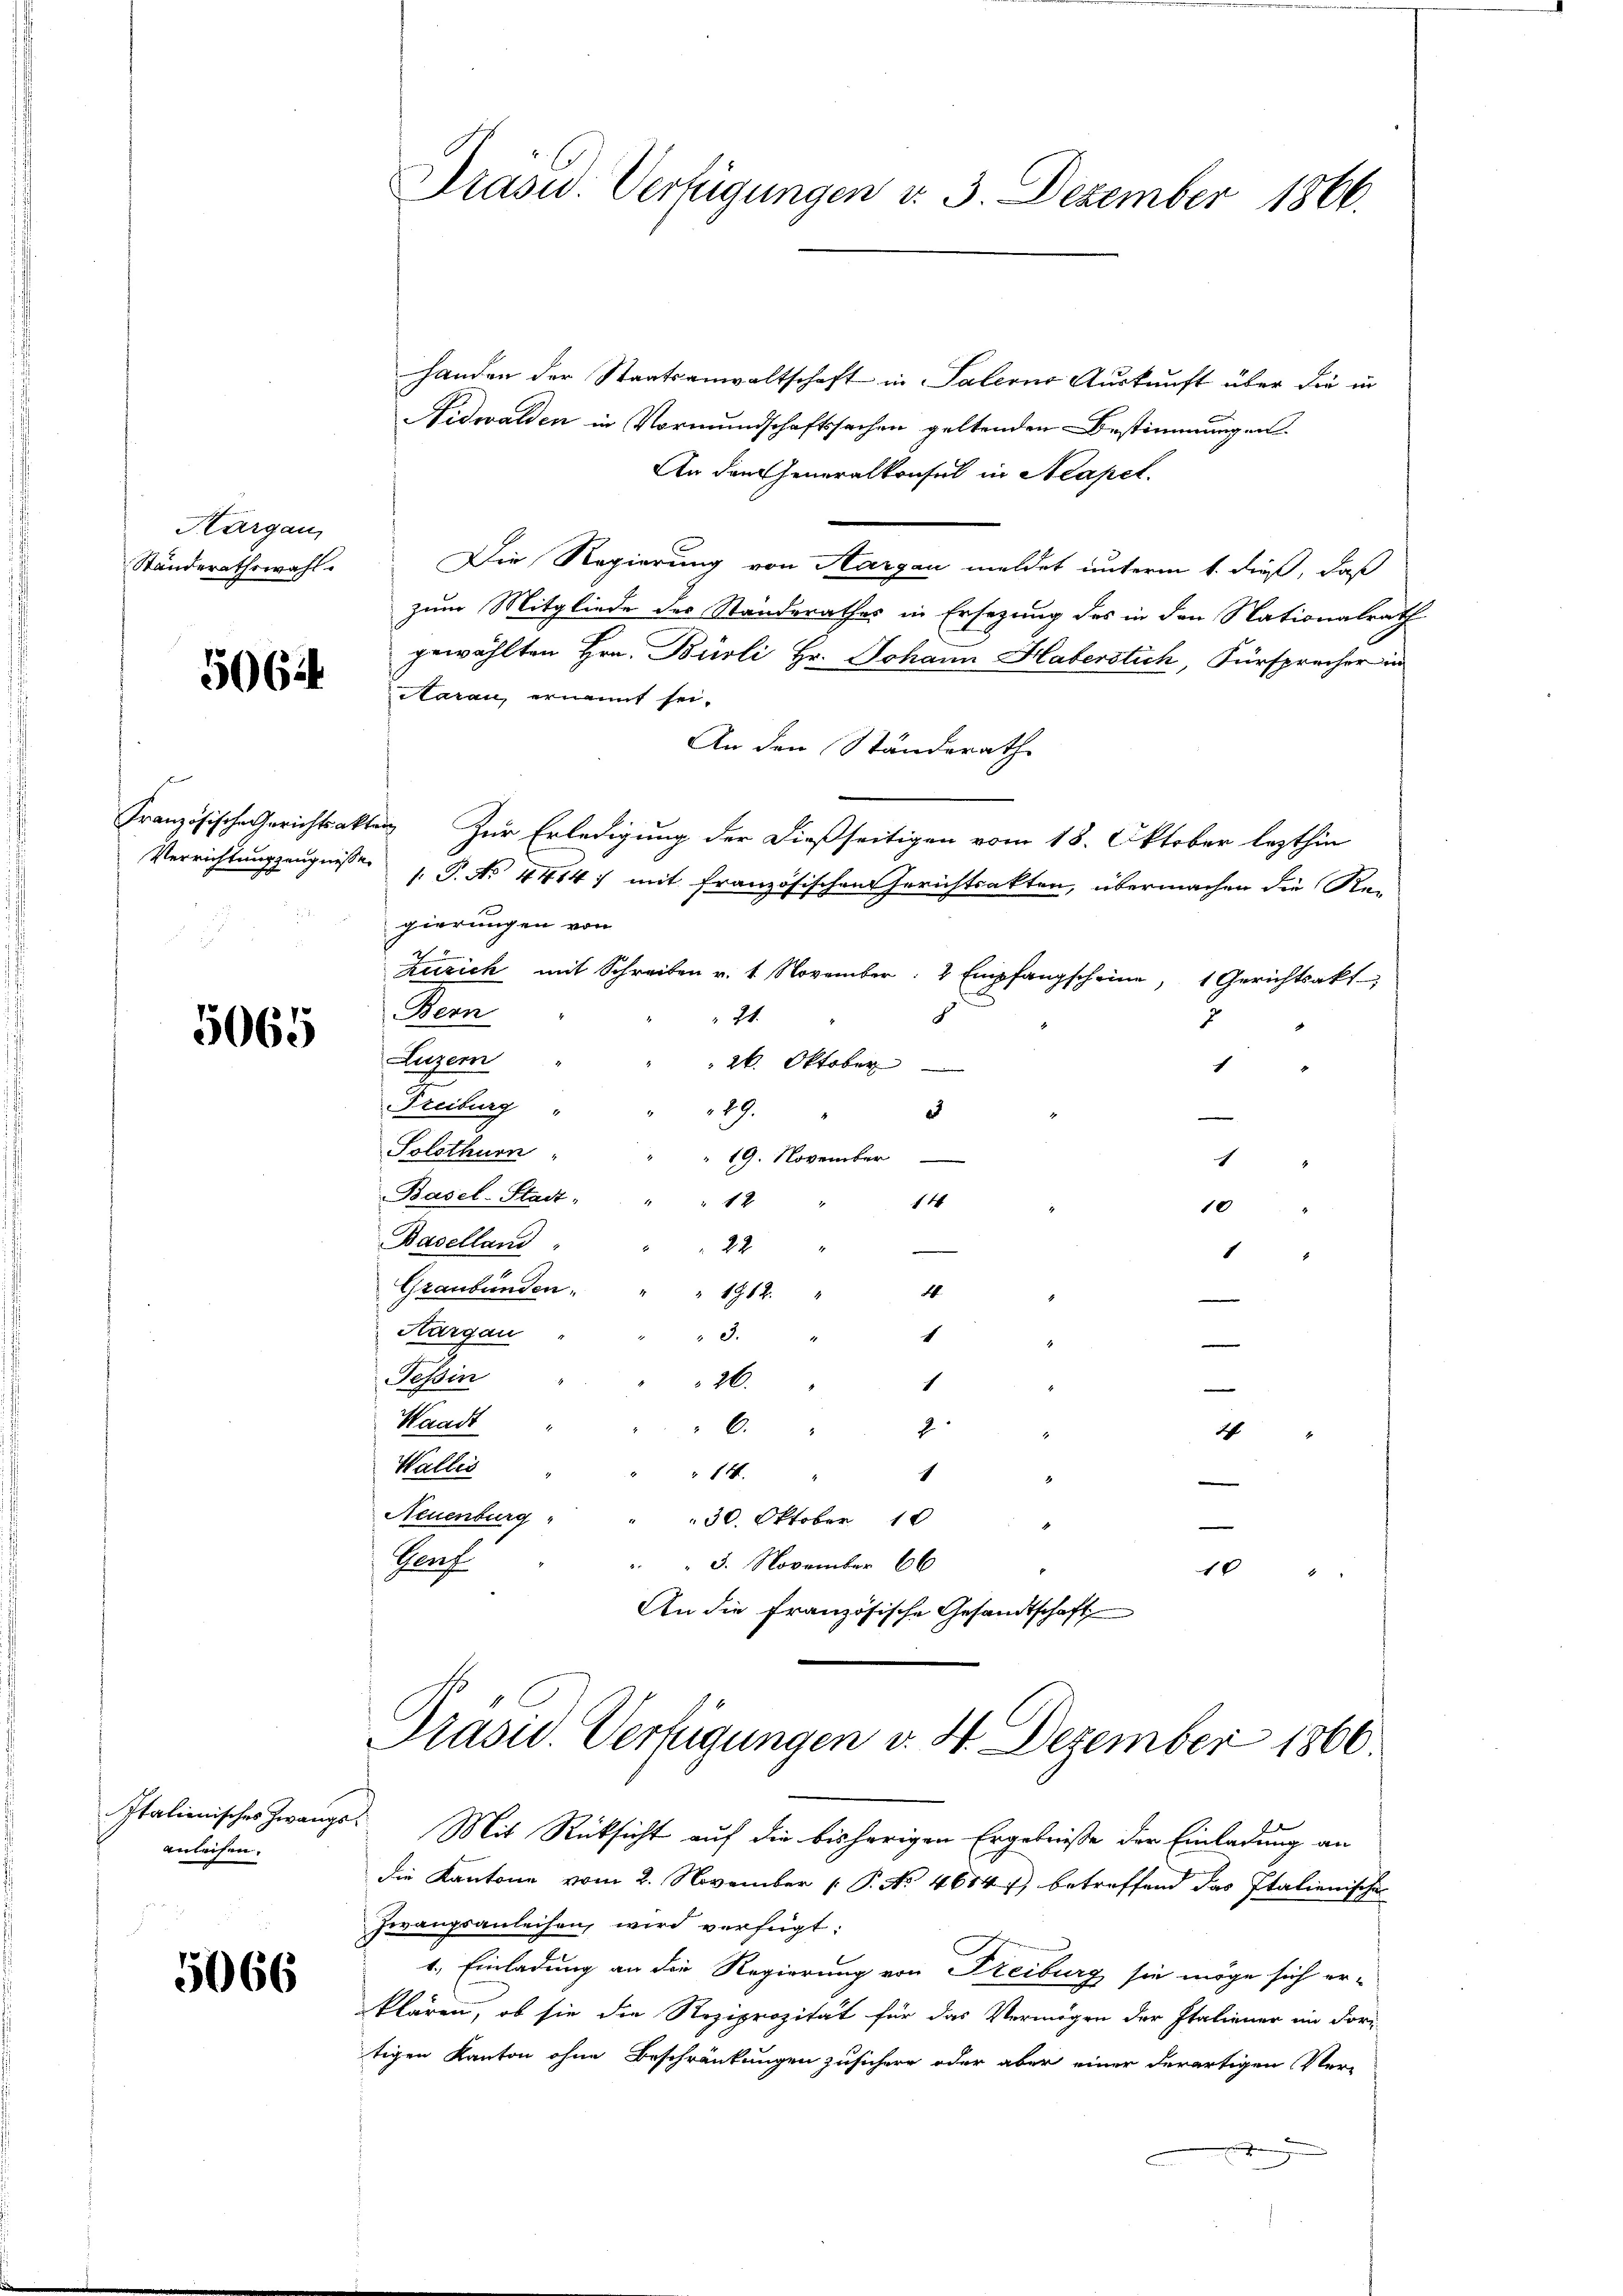
Kargau,
Ständerathswahl.

5062

5065

Italienisches Zwangsanleisen.

5066

Präsid. Verfügungen v. 3. Dezember 1866.

handen der Staatsanwaltschaft in Palerne Auskunft über die in
Nidwalden in Vormundschaftssachen geltenden Bestimmungen
An den Generalkonsul in Neapel.
Die Regierung von Aargau meldet unterm 1. dieß, daß
zum Mitgliede des Standerathes in Ersezung des in den Nationalrath
gewählten Hrn. Burli Hr. Johann Haberstich, Fürsprecher in
Aarau, ernannt sei.
An den Ständerath
Französische Gerichtsakten Zur Erledigung der dießseitigen vom 18. Oktober lezthin
Verrichtungszeugnisse  P. Nr. 4414, mit französischen Gerichtsakten, übermachen die Re-
gierungen von
Zürich mit Schreiben v. 1. November: 2 Empfangscheine, 1 Gerichtsakt
Bern
24.
2
Luzern
" " 26. Oktober
1
Freiburg "
89.
a
4
Solothurn
19. November
c
Basel-Stadt " " " 12 "
14
10
Baselland
22
.
.
1
Graubünden " " " 1962. "
26.
—
Hargau
d.
1
e
Tessin
26.
—
1
Waadt
" 6. " 2
2
Wallei
1
 14. "
Neuenburg
30. Oktober 18
Prof.
5. November 66
10 " "
An die französische Gesandtschaft

Prasus. Verfügungen v. 4. Dezember 1866.

Mit Rücksicht auf die bisherigen Ergebniße der Einladung an
die Kantone vom 2. November 1 P. No 46847), betreffend das Italienischen
Zwangsanleisen, wird verfügt:
1.) Einladung an die Regierung von Freiburg sie möge sich er-
klären, ob sie die Reziprozität für das Vermögen der Italiener im Fortigen Kanton ohne Beschränkungen zusichern oder aber einer derartigen Ver-
.